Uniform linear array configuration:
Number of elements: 4
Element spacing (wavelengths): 0.5
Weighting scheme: uniform
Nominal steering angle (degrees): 15
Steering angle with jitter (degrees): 13.234
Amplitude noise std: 0.05
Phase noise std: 0.05

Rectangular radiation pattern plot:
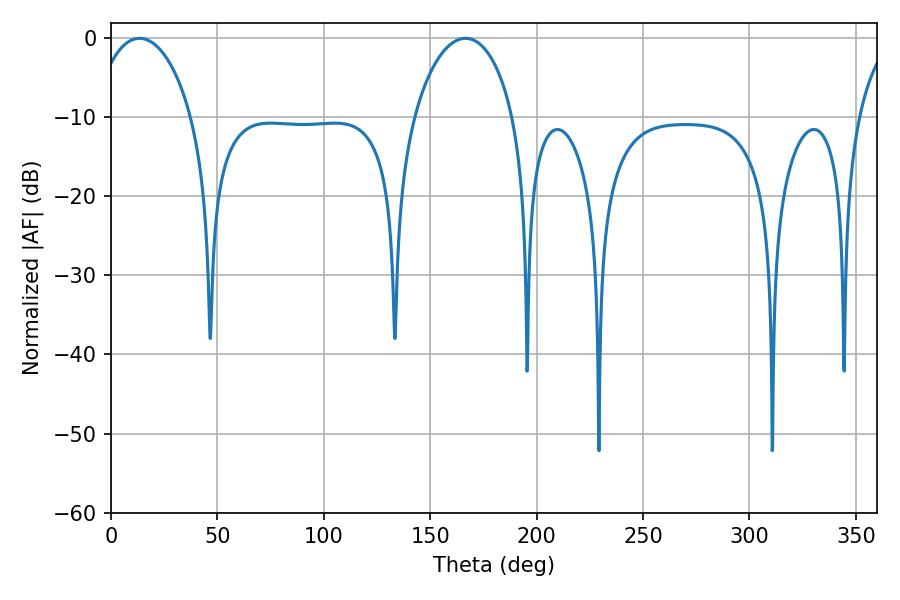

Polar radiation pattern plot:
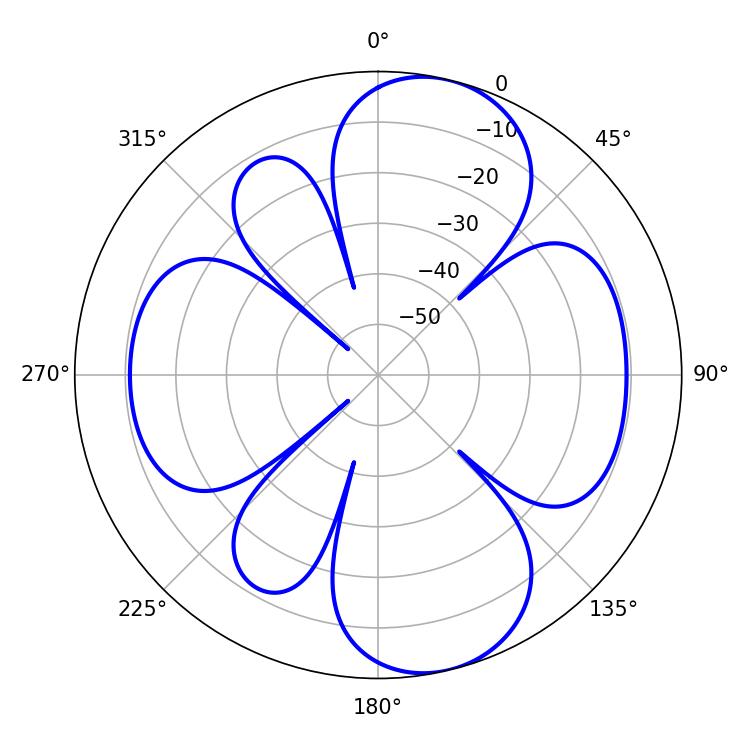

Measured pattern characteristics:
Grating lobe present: FALSE
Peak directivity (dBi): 9.393
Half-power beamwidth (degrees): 26.82
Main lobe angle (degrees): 13.5